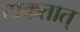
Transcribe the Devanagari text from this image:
टाकतात्